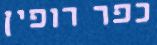
כפר רופין